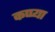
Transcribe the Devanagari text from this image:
कप्प्या